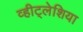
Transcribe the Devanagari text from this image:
व्हीट्लेशिया